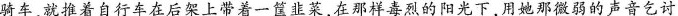
骑车，就推着自行车在后架上带着一筐韭菜，在那样毒烈的阳光下，用她那微弱的声音乞讨